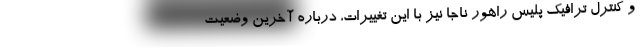
و کنترل ترافیک پلیس راهور ناجا نیز با این تغییرات، درباره آخرین وضعیت